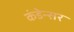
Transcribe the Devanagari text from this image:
कंडेन्सर